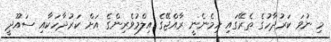
މި ނުވަ ކަރުދާހުގެ ތެރޭގައި ހިމެނެނީ ރާއްޖޭގެ އިލްމުވެރިންގެ އަށް ކަރުދާހަކާއި ސައޫދީ